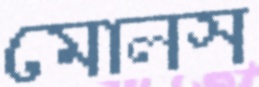
মোলস